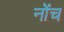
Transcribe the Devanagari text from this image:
नोंच